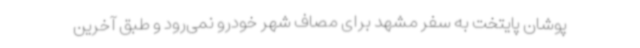
‌پوشان پایتخت به سفر مشهد برای مصاف شهر خودرو نمی‌رود و طبق آخرین